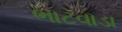
ભાટવાડા